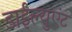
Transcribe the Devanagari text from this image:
डाईल्युएंट